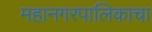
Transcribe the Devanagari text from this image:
महानगरपालिकाचा